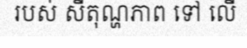
របស់ សីតុណ្ហភាព ទៅ លើ